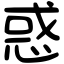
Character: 惑